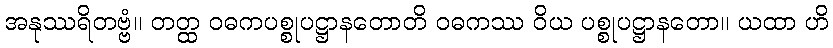
အနုဿရိတဗ္ဗံ။ တတ္ထ ဝဓကပစ္စုပဋ္ဌာနတောတိ ဝဓကဿ ဝိယ ပစ္စုပဋ္ဌာနတော။ ယထာ ဟိ